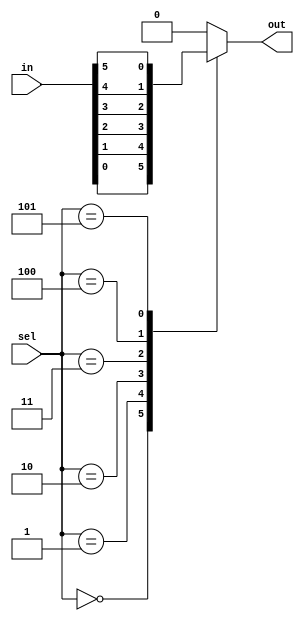
`timescale 1ns / 1ps
//////////////////////////////////////////////////////////////////////////////////
// Student: Tawseef Patel 101145333
// 
// Design Name: Assigment 2 Q2a
// Module Name: ass2_q2a_6_to_1_mux
// Project Name: Assignment 2
//
//////////////////////////////////////////////////////////////////////////////////

module ass2_q2a_6_to_1_mux (
    input [2:0] sel,
    input [5:0] in,
    output reg out
);
  always @(*) begin
    case(sel) 
        3'b000  : out=in[0];
        3'b001  : out=in[1];
        3'b010  : out=in[2];
        3'b011  : out=in[3];
        3'b100  : out=in[4];
        3'b101  : out=in[5];
        default : out=0;
    endcase
  end
endmodule